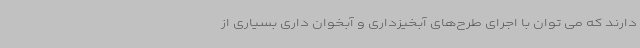
دارند که می توان با اجرای طرح‌های آبخیزداری و آبخوان داری بسیاری از